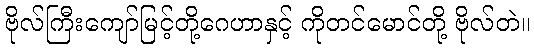
ဗိုလ်ကြီးကျော်မြင့်တို့ဂေဟာနှင့် ကိုတင်မောင်တို့ ဗိုလ်တဲ။